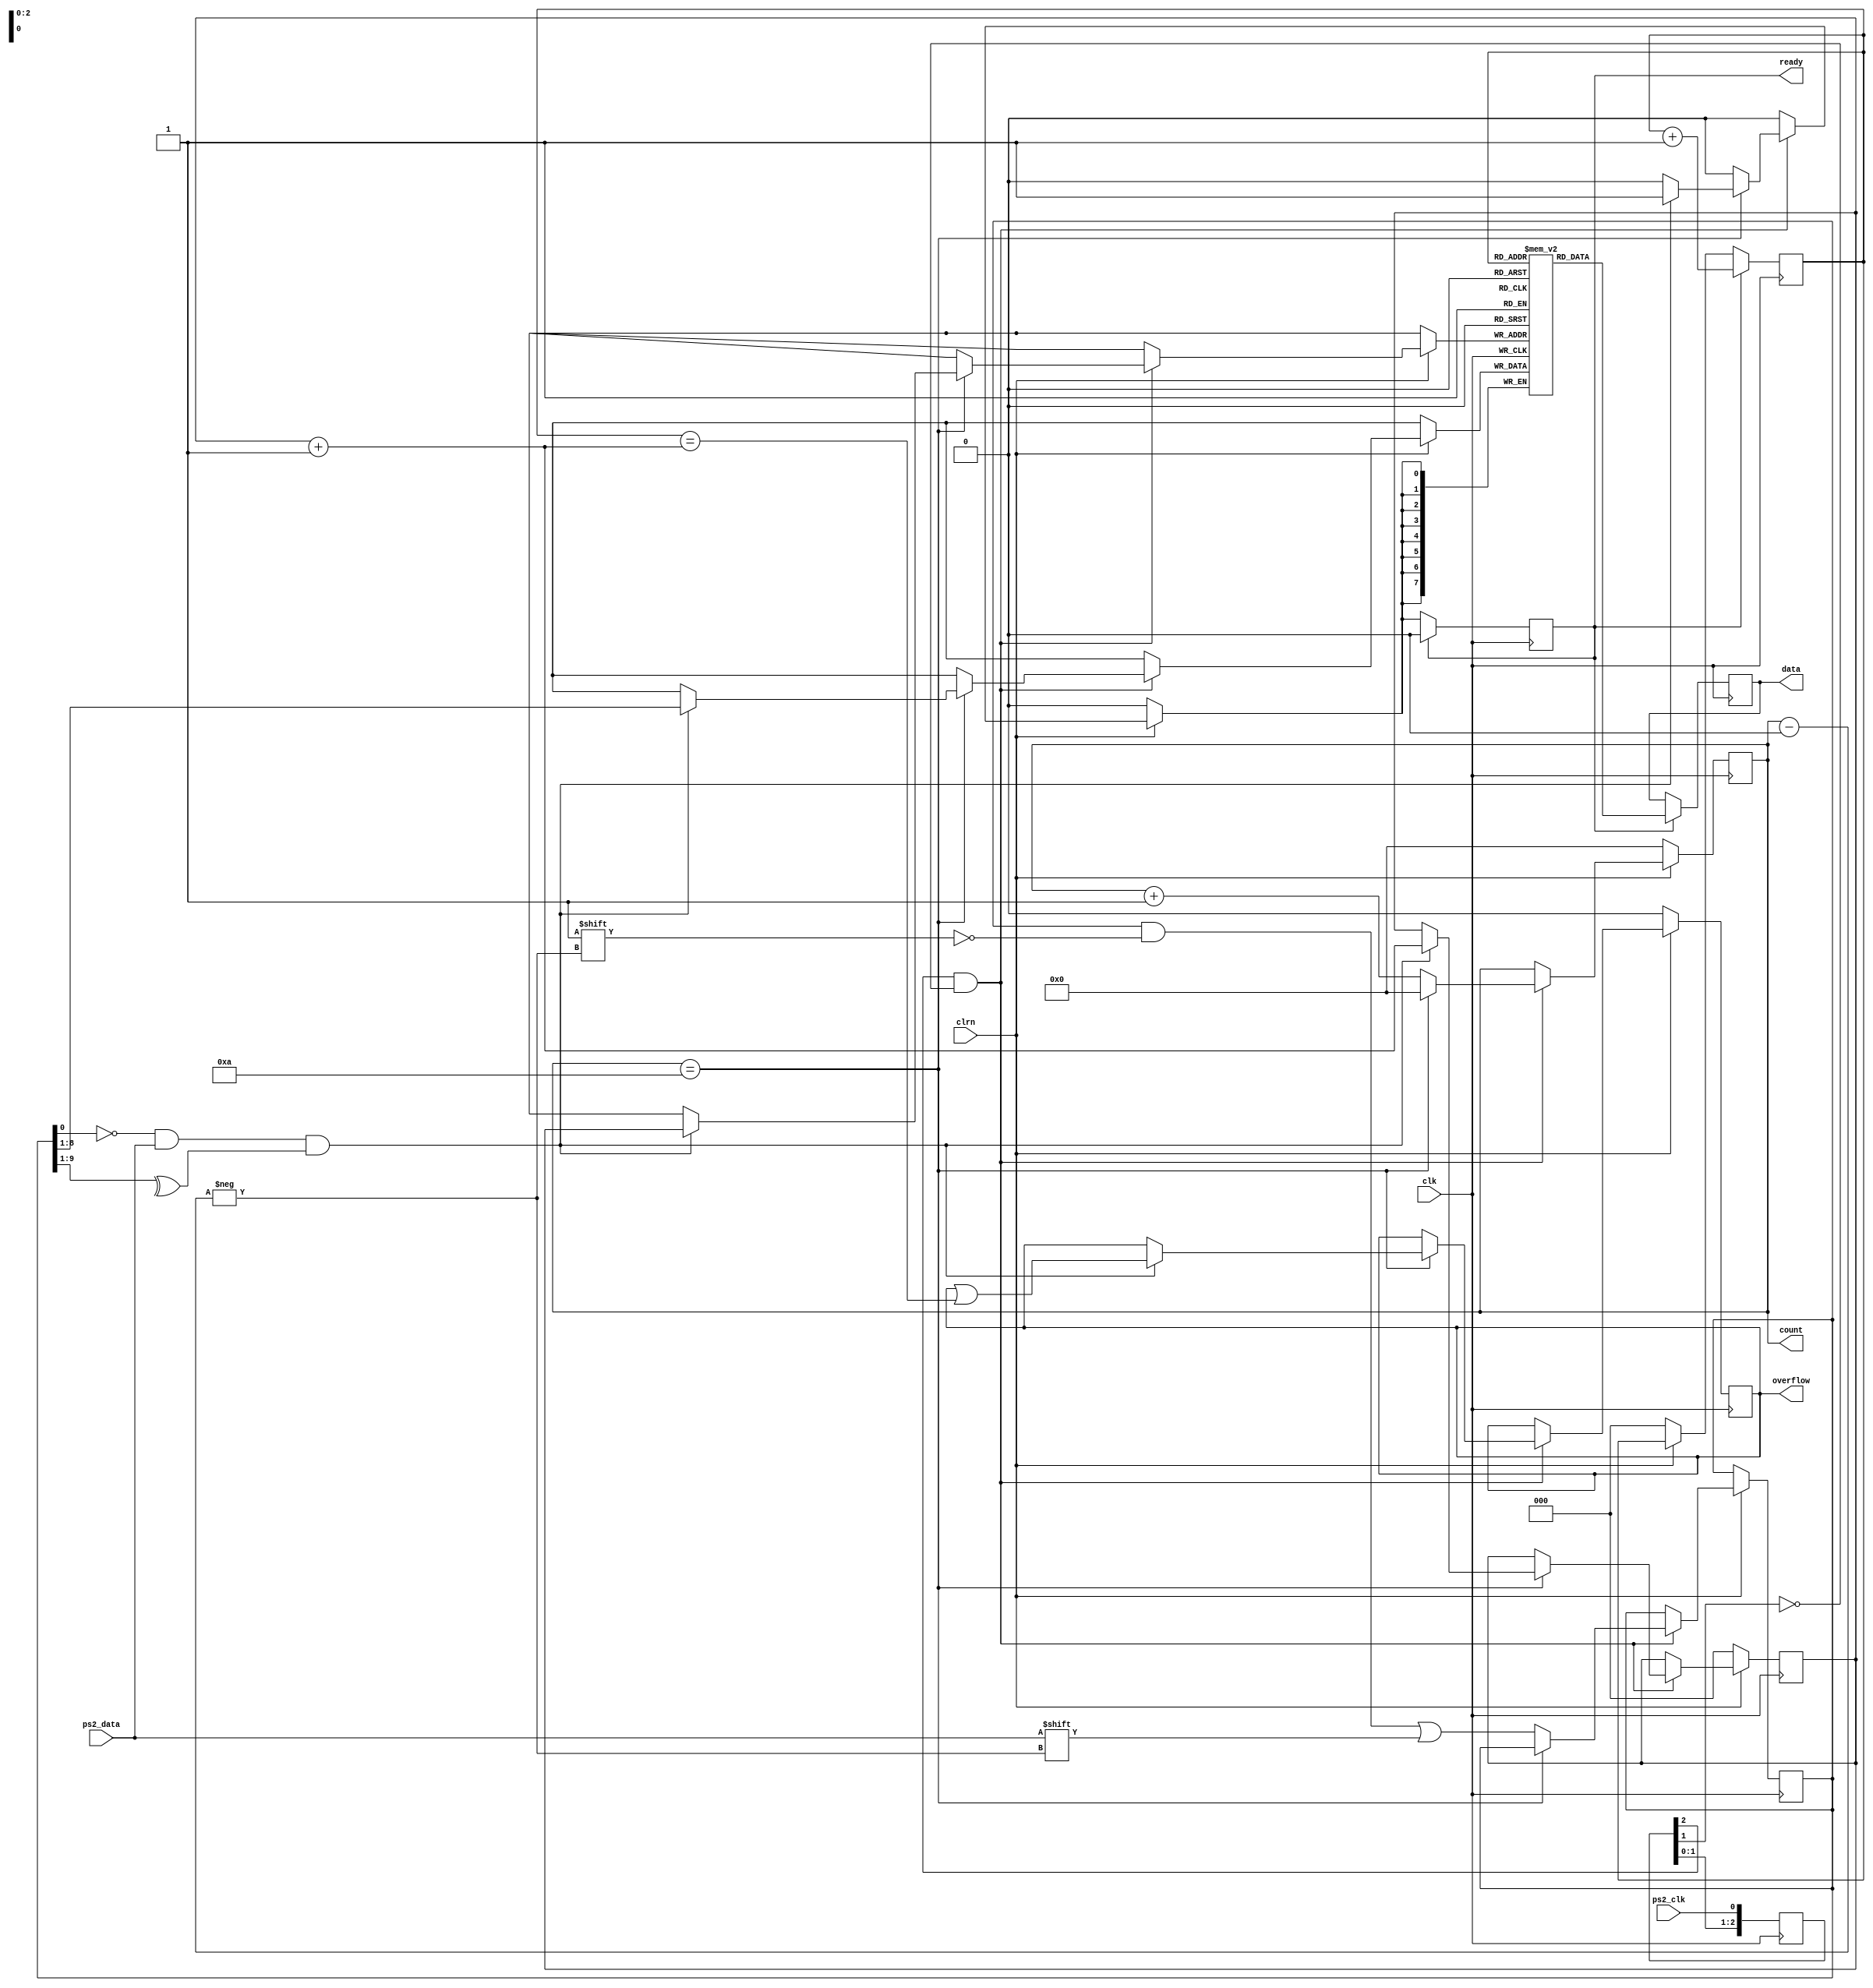
`timescale 1ns / 1ps
//////////////////////////////////////////////////////////////////////////////////
// Company: 
// Engineer: 
// 
// Design Name: 
// Module Name: keyboard
// Project Name: 
// Target Devices: 
// Tool Versions: 
// Description: 
// 
// Dependencies: 
// 
// Revision:
// Revision 0.01 - File Created
// Additional Comments:
// 
//////////////////////////////////////////////////////////////////////////////////


module ps2_keyboard(clk,clrn,ps2_clk,ps2_data,data,ready,overflow,count);
input clk,clrn,ps2_clk,ps2_data;
output [7:0] data;
reg [7:0] data;
output ready;
reg ready;
output reg overflow;      // fifo overflow
output reg [3:0] count;   // count ps2_data bits              
// internal signal, for test
reg [9:0] buffer;         // ps2_data bits
reg [7:0] fifo[7:0];      // data fifo
reg [2:0] w_ptr,r_ptr;    // fifo write and read pointers
// detect falling edge of ps2_clk
reg [2:0] ps2_clk_sync; 
always @ (posedge clk)
begin
ps2_clk_sync <=   {ps2_clk_sync[1:0],ps2_clk};
end
wire sampling = ps2_clk_sync[2] & ~ps2_clk_sync[1];
always @ (posedge clk)
begin
if (clrn == 0)   //   reset 
begin
count <= 0; w_ptr <= 0; r_ptr <= 0; overflow <= 0;
end
else  
if (sampling) 
begin
if (count == 4'd10)
begin
if ((buffer[0] == 0) &&   //   start bit
(ps2_data)        &&   //   stop bit
(^buffer[9:1]))       //   odd   parity
begin 
fifo[w_ptr] <= buffer[8:1];   //   kbd scan code
w_ptr <= w_ptr+3'b1;
ready <= 1'b1;
overflow <= overflow | (r_ptr == (w_ptr + 3'b1));
end
count <= 0;      //   for next
end
else 
begin
buffer[count] <= ps2_data;   //   store ps2_data 
count <= count + 3'b1;
end    
end
if(ready)  // read to output next data
begin   
data = fifo[r_ptr];
r_ptr <= r_ptr + 3'd1;
ready <= 1'b0;
end
end 

endmodule